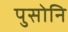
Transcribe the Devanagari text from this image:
पुसोनि